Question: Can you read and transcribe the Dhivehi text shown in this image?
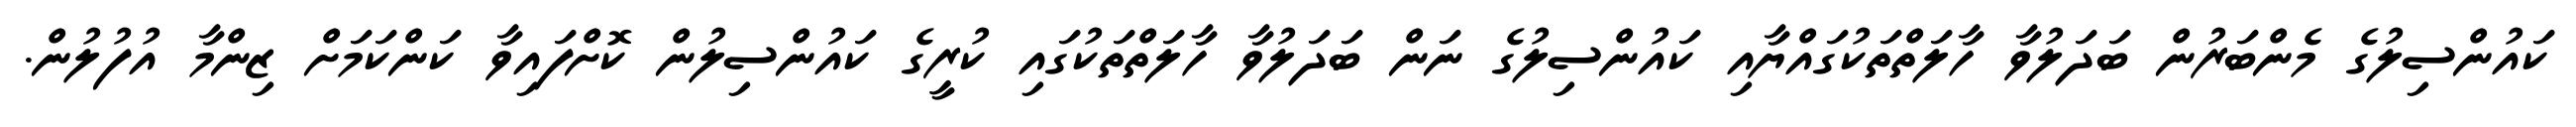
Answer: ކައުންސިލުގެ މެންބަރުން ބަދަލުވާ ހާލަތްތަކުގައްޔާއި ކައުންސިލުގެ ނަން ބަދަލުވާ ހާލަތްތަކުގައި ކުރީގެ ކައުންސިލުން ކޮށްފައިވާ ކަންކަމަށް ޒިންމާ އުފުލުން.